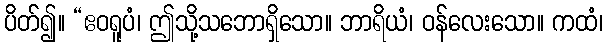
ပိတ်၍။ “ဧဝရူပံ၊ ဤသို့သဘောရှိသော။ ဘာရိယံ၊ ဝန်လေးသော။ ကထံ၊